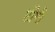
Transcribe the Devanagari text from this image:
टोंगी